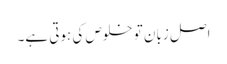
اصل زبان تو خلوص کی ہوتی ہے۔